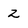
Character: 2